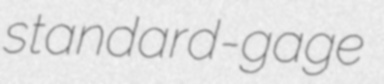
standard-gage